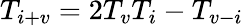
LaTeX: T_{i+v}=2T_{v}T_{i}-T_{v-i}